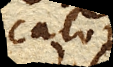
calore